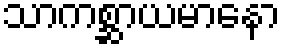
သာကစ္ဆာယမာနော